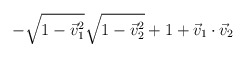
\begin{align*}-\sqrt{1-{\vec{v}_1}^2}\sqrt{1-{\vec{v}_2}^2} + 1 + \vec{v}_1 \cdot \vec{v}_2\end{align*}